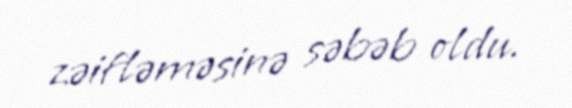
zəifləməsinə səbəb oldu.